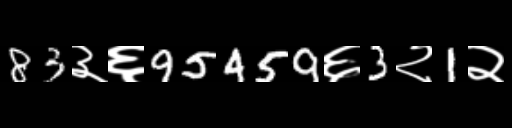
Text: 83३६95459६3२1२